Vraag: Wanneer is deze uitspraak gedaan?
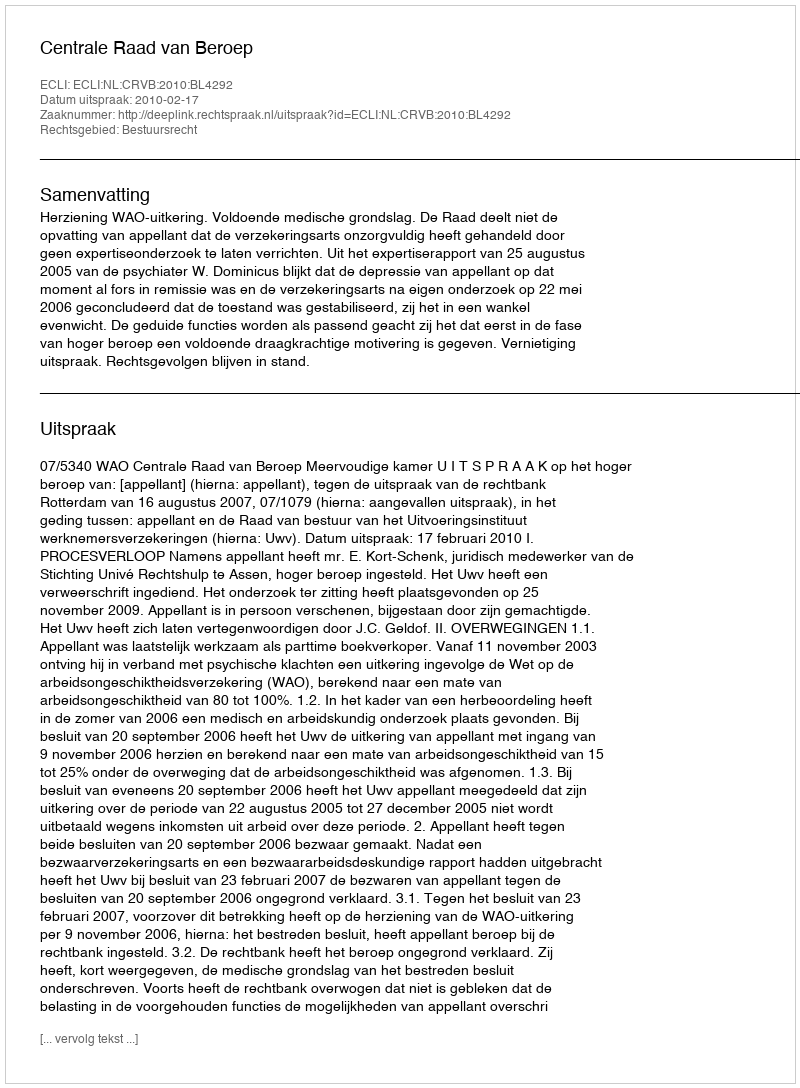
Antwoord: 2010-02-17